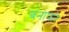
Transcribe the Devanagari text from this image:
बनाफरे